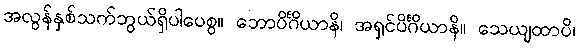
အလွန်နှစ်သက်ဘွယ်ရှိပါပေစွ။ ဘောပိင်္ဂိယာနိ၊ အရှင်ပိင်္ဂိယာနိ။ သေယျထာပိ၊